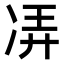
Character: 𫥌